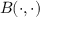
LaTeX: B ( \cdot , \cdot )